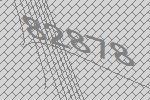
82878